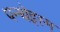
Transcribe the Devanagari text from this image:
पन्थेइस्म